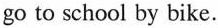
go to school by bike.